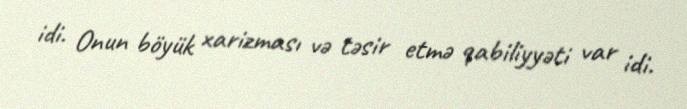
idi. Onun böyük xarizması və təsir etmə qabiliyyəti var idi.